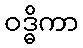
ဝဒ္ဓိကာ